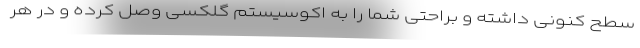
سطح کنونی داشته و براحتی شما را به اکوسیستم گلکسی وصل کرده و در هر